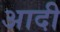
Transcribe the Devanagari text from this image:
अादी